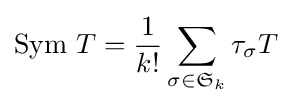
\operatorname {Sym} \,T={\frac {1}{k!}}\sum _{\sigma \in {\mathfrak {S}}_{k}}\tau _{\sigma }T